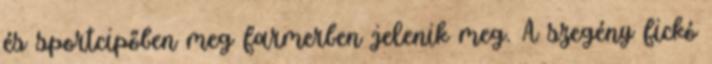
és sportcipőben meg farmerben jelenik meg. A szegény fickó